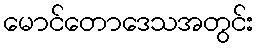
မောင်တောဒေသအတွင်း